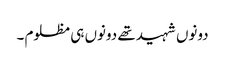
دونوں شہید تھے دونوں ہی مظلوم ۔